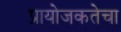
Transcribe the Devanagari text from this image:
प्रायोजकतेचा